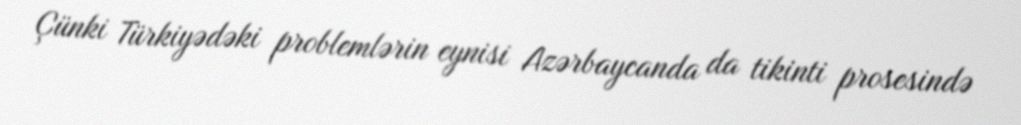
Çünki Türkiyədəki problemlərin eynisi Azərbaycanda da tikinti prosesində